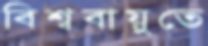
বিশ্ববায়ুতে